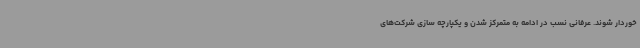
خوردار شوند. عرفانی نسب در ادامه به متمرکز شدن و یکپارچه سازی شرکت‌های